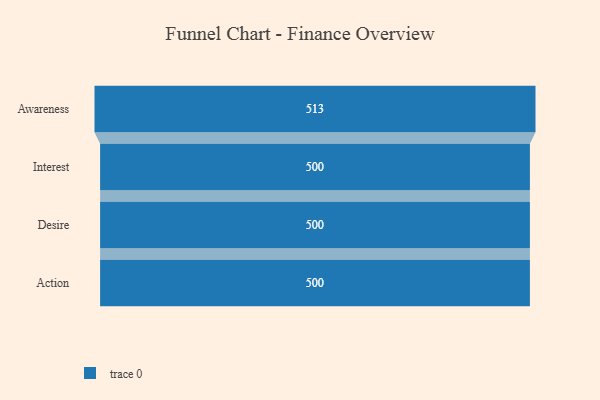
{"axis": {"x": "Stage", "y": "Value"}, "legend": [""], "data": [{"x": "Awareness", "y": 513.0, "type": ""}, {"x": "Interest", "y": 500, "type": ""}, {"x": "Desire", "y": 500, "type": ""}, {"x": "Action", "y": 500, "type": ""}]}